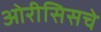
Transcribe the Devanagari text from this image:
ओरीसिसचे